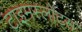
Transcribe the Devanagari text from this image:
टाइमस्लोट्स